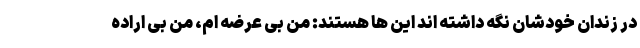
در زندان خودشان نگه داشته اند این ها هستند: من بی عرضه ام، من بی اراده